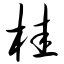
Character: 桂